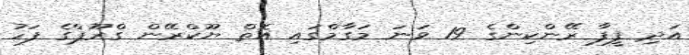
އަދި ފީފާ ރޭންކިންގެ 19 ވަނަ މަގާމްގައި އޮތް ޔޫކްރޭން ގްރޫޕްގެ ފަހު